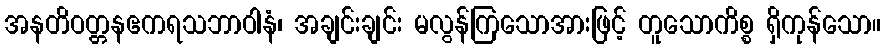
အနတိဝတ္တနဧကရသဘာဝါနံ၊ အချင်းချင်း မလွန်ကြသောအားဖြင့် တူသောကိစ္စ ရှိကုန်သော။